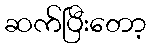
ဆက်ပြီးတော့